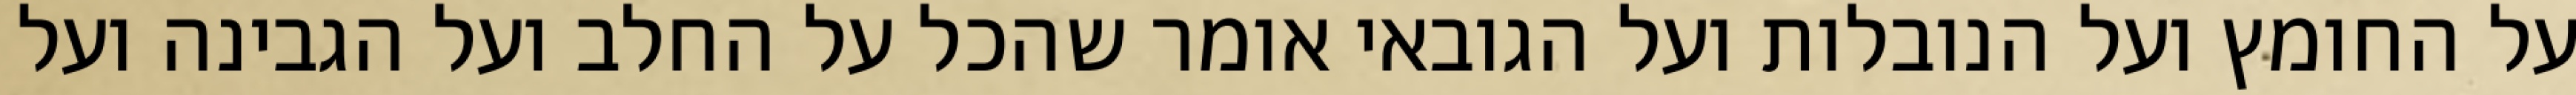
על החומץ ועל הנובלות ועל הגובאי אומר שהכל על החלב ועל הגבינה ועל